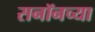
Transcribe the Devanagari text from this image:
सनॉनच्या